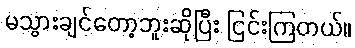
မသွားချင်တော့ဘူးဆိုပြီး ငြင်းကြတယ်။